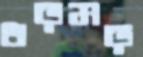
ধড়মড়